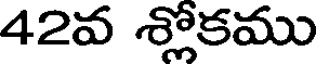
42వ శ్లోకము